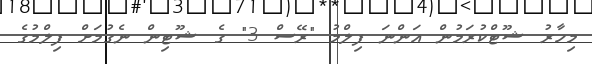
މިހާރު ޝޫޓްކުރަމުން އަންނަ ފިލްމު "ރޭސް 3" ގެ ޝޫޓިން ނެގުމަށް ފިލްމުގެ